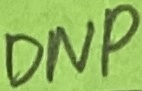
Text: DNP